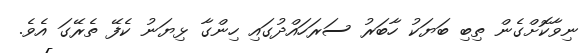
ނިވާކޮށްގެން ތިބި ބަޔަކު ހާބަރު ސަރަހައްދުގައި ހިންގާ ޅިޔަނު ކެފޭ ތެރޭގަ އެވެ.